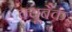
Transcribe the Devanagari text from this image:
क्यूबैक